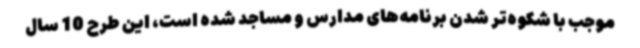
موجب با شکوه‌تر شدن برنامه‌های مدارس و مساجد شده است، این طرح 10 سال